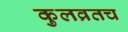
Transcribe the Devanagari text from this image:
कुलव्रतच